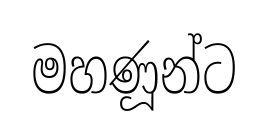
මහණූන්ට